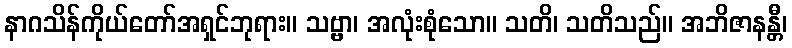
နာဂသိန်ကိုယ်တော်အရှင်ဘုရား။ သဗ္ဗာ၊ အလုံးစုံသော။ သတိ၊ သတိသည်။ အဘိဇာနန္တီ၊